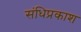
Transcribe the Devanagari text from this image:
संधिप्रकाश